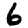
Digit: 6